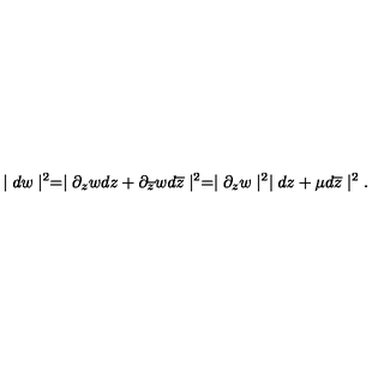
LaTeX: \mid d w \mid ^ { 2 } = \mid \partial _ { z } w d z + \partial _ { \overline { { z } } } w d \overline { { z } } \mid ^ { 2 } = \mid \partial _ { z } w \mid ^ { 2 } \mid d z + \mu d \overline { { z } } \mid ^ { 2 } .